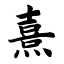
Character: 熹